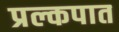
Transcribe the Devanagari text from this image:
प्रल्कपात